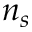
n _ { s }